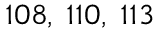
^ { 1 0 8 , ~ 1 1 0 , ~ 1 1 3 }